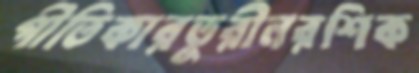
গীতিকারতুরীনরশিক